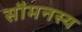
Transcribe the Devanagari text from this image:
सौमनस्य